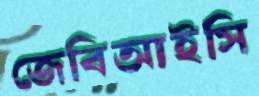
জেবিআইসি